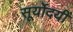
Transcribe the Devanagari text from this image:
सूर्योदयीं